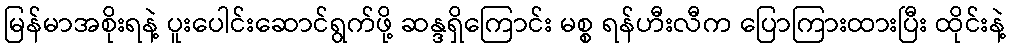
မြန်မာအစိုးရနဲ့ ပူးပေါင်းဆောင်ရွက်ဖို့ ဆန္ဒရှိကြောင်း မစ္စ ရန်ဟီးလီက ပြောကြားထားပြီး ထိုင်းနဲ့